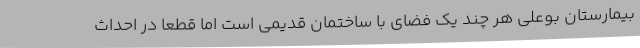
بیمارستان بوعلی هر چند یک فضای با ساختمان قدیمی است اما قطعا در احداث